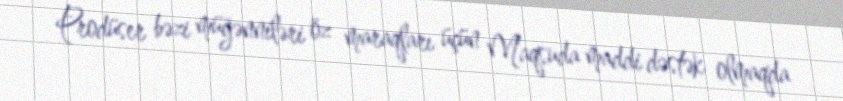
Prodüser bəzi müğənniləri öz maraqları üçün Maqsuda maddi dəstək olmaqda